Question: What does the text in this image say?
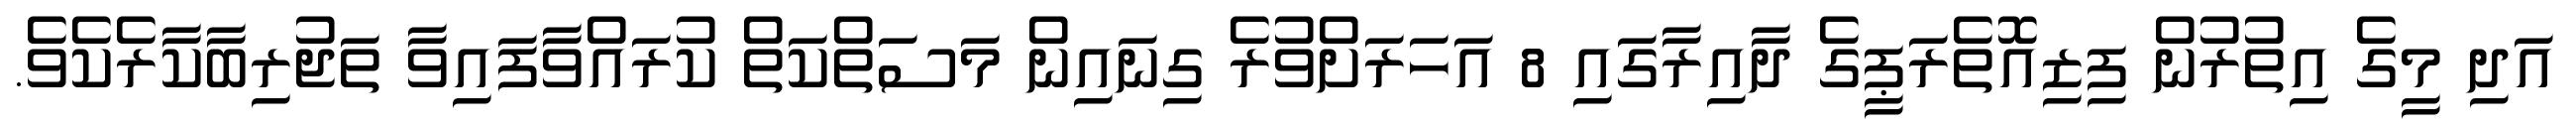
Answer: އަދި މީގެ އިތުރުން ފިޒިއޮތެރަޕީގެ ދާއިރާގައި 8 އަހަރަށްވުރެ ގިނައިން މަސަތްކަތް ކުރައްވާފައިވާ ތަޖުރިބާކާރެކެވެ.